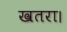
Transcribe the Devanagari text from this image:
खतरा।